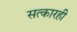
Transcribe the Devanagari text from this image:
सत्कारही